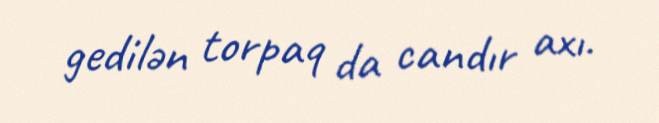
gedilən torpaq da candır axı.